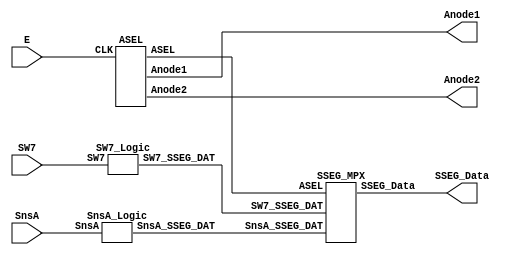
/*-------------------------------------------------------------
    Project Lab 1 - Mini Motor Project
       Program by: Zachary Bonneau
    Creation Date: 09/06/2023
     Program Name: SSEG_Block.v
    SubProgram of: 7 Segment System

    includes:
        T-FF.v
  
    Program Description:
    SSEG_Block reads SW7 and SnsA to configure the 7 segment values accordingly. 
    PWM::TCR.E controls the multiplexing FF ASEL 

    Inputs:
        PWM::TCR.E (E)
        SW7
        SnsA
    
    Outputs:
        Anode1
        Anode2
        SSEG_Data [6:0]

    Internal Signals
        ASEL - multiplexing control and anode selection bit
        SW7_SSEG_DAT  - SSEG config for Digit 1
        SnsA_SSEG_DAT - SSEG config for Digit 2
*/

module SSEG_Block(SSEG_Data, Anode1, Anode2, SW7, E, SnsA);
    // SSEG_Block connects inputs, outputs, and internal signals 
    // within the 7 Segment Block. See 7 Segment Block Diagram for details

    input SnsA, E, SW7;
    output Anode1, Anode2;
    output [6:0] SSEG_Data;

    wire ASEL;
    wire [6:0] SW7_SSEG_DAT;
    wire [6:0] SnsA_SSEG_DAT;

    ASEL FF0(ASEL, Anode1, Anode2, E);
    SW7_Logic L0(SW7_SSEG_DAT,    SW7);
    SnsA_Logic L1(SnsA_SSEG_DAT, SnsA);
    SSEG_MPX MPX0(SSEG_Data, SW7_SSEG_DAT, SnsA_SSEG_DAT, ASEL);

endmodule

module TFF_POS(T, CLK);
    // positive edge TFF - Copied from T-FF.v
    input CLK;
    output reg T = 0;

    always@(posedge CLK) begin
        // flip T on rising edge
        T = ~T;
    end
endmodule

module ASEL(ASEL, Anode1, Anode2, CLK);
    // ASEL contains a pos-edge T-FF that sets 
    // which anode/SSEG configuration to use
    input CLK;
    output Anode1;
    output Anode2;
    output ASEL;

    TFF_POS FF0(ASEL, CLK);

    assign Anode1 =  ASEL;
    assign Anode2 = ~ASEL;
endmodule

module SW7_Logic(SW7_SSEG_DAT, SW7);
    // SW7_Logic reads SW7 and sends SSEG 
    // configuration to SSEG_MPX
    // SW7_SSEG_DAT[0] = a, [6] = g
    input SW7;
    output [6:0] SW7_SSEG_DAT;

    assign SW7_SSEG_DAT[0] = SW7;
    assign SW7_SSEG_DAT[1] = 1;
    assign SW7_SSEG_DAT[2] = ~SW7;
    assign SW7_SSEG_DAT[3] = ~SW7;
    assign SW7_SSEG_DAT[4] = 0;
    assign SW7_SSEG_DAT[5] = 0;
    assign SW7_SSEG_DAT[6] = 0;
endmodule

module SnsA_Logic(SnsA_SSEG_DAT, SnsA);
    // SnsA_Logic reads SnsA and sends SSEG 
    // configuration to SSEG_MPX
    // SnsA_SSEG_DAT[0] = a, [6] = g
    input SnsA;
    output [6:0] SnsA_SSEG_DAT;

    assign SnsA_SSEG_DAT[0] = 1;
    assign SnsA_SSEG_DAT[1] = 1;
    assign SnsA_SSEG_DAT[2] = ~SnsA;
    assign SnsA_SSEG_DAT[3] = ~SnsA;
    assign SnsA_SSEG_DAT[4] = ~SnsA;
    assign SnsA_SSEG_DAT[5] = 1;
    assign SnsA_SSEG_DAT[6] = ~SnsA;
endmodule

module SSEG_MPX(SSEG_Data, SW7_SSEG_DAT, SnsA_SSEG_DAT, ASEL);
    // SSEG_MPX is a simple multiplexer that selects 
    // which SSEG configuration to send
    input [6:0] SW7_SSEG_DAT;
    input [6:0] SnsA_SSEG_DAT;
    input ASEL;

    output [6:0] SSEG_Data;

    assign SSEG_Data[0] = ~ASEL & SW7_SSEG_DAT[0] | ASEL & SnsA_SSEG_DAT[0];
    assign SSEG_Data[1] = ~ASEL & SW7_SSEG_DAT[1] | ASEL & SnsA_SSEG_DAT[1];
    assign SSEG_Data[2] = ~ASEL & SW7_SSEG_DAT[2] | ASEL & SnsA_SSEG_DAT[2];
    assign SSEG_Data[3] = ~ASEL & SW7_SSEG_DAT[3] | ASEL & SnsA_SSEG_DAT[3];
    assign SSEG_Data[4] = ~ASEL & SW7_SSEG_DAT[4] | ASEL & SnsA_SSEG_DAT[4];
    assign SSEG_Data[5] = ~ASEL & SW7_SSEG_DAT[5] | ASEL & SnsA_SSEG_DAT[5];
    assign SSEG_Data[6] = ~ASEL & SW7_SSEG_DAT[6] | ASEL & SnsA_SSEG_DAT[6];
endmodule

module testbench;
    // testbench configures and tests SSEG_Block, and creates the waveform output
    reg SW7 = 0;
    reg E = 0;
    reg SnsA = 0;

    wire [6:0] SSEG_Data;
    wire Anode1, Anode2;

    SSEG_Block UUT(SSEG_Data, Anode1, Anode2, SW7, E, SnsA);

    initial begin
        $dumpfile("SSEG_waveform.vcd");
        $dumpvars(0, testbench);
        #5; E = 1; #2; E = 0;       // test ASEL FF for E pulse
        #3;
        SnsA = 1; #3; SnsA = 0;     // test SSEG configuration for SnsA = 0, SnsA = 1
        #2; 
        E = 1; # 2; E = 0;          // toggle ASEL = 0 (SW7 configuration)
        #3;
        SW7 = 1; #3; SW7 = 0;       // test SSEG configuration for SW = 0, SW7 = 1
        #2;
        $finish;
    end
endmodule